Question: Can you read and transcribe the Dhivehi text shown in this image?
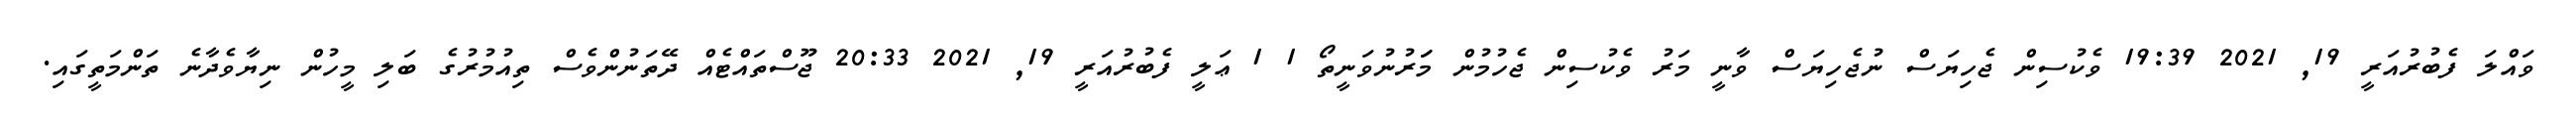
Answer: ވައްލަ ފެބުރުއަރީ 19, 2021 19:39 ވެކުސިން ޖެހިޔަސް ނުޖެހިޔަސް ވާނީ މަރު ވެކުސިން ޖެހުމުން މަަރުނުވަނީތޯ 1 1 ޢަލީ ފެބުރުއަރީ 19, 2021 20:33 ޖޫސްތައްޓެއް ދޭތަނުންވެސް ތިއުމުރުގެ ބަލި މީހުން ނިޔާވެދާނެ ތަންމަތީގައި.